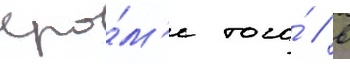
Кро́м'е того́ / в